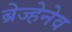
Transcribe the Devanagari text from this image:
ब्रेज्हेनेव